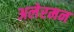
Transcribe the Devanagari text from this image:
अलेरमन